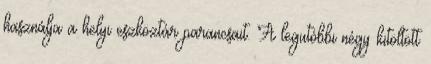
használja a helyi eszköztár parancsait. A legutóbbi négy kitöltött